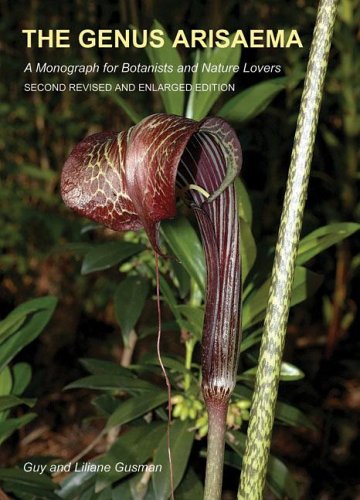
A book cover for The Genus Arisaema; Guy Gusman; Crafts, Hobbies & Home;